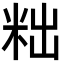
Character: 𮇑